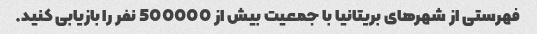
فهرستی از شهرهای بریتانیا با جمعیت بیش از 500000 نفر را بازیابی کنید.